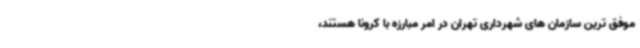
موفق ترین سازمان های شهرداری تهران در امر مبارزه با کرونا هستند،